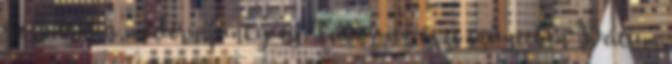
gospeltől a modern funky-ig Tábor az őszi szünetben Dátum